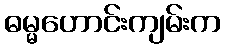
ဓမ္မဟောင်းကျမ်းက